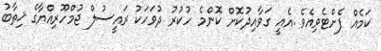
ކަމެއް ފެށްޓެވިއެވެ .އެއީ ގަވާއިދުކޮށް ކޮންމެ ހުކުރު ދުވަހަކު ރައީސުލް ޖުމްހޫރިއްޔާގެ ޚިތާބު